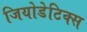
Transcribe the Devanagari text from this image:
जियोडेटिक्स